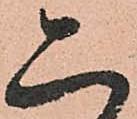
二